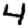
Digit: 4